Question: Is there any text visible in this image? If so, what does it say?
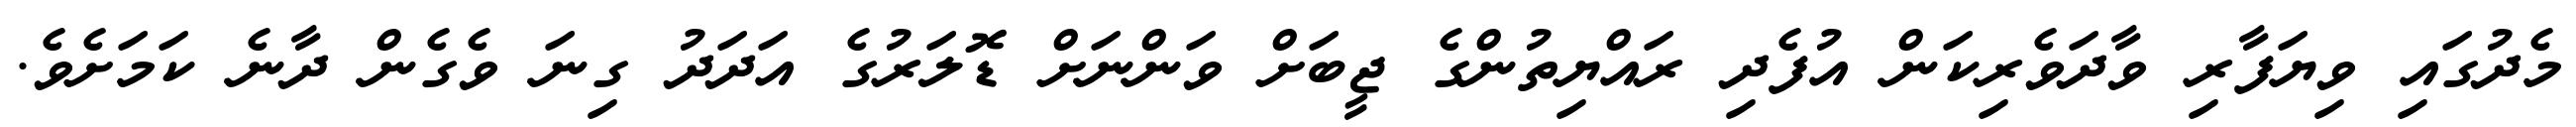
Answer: މެދުގައި ވިޔަފާރި ވާދަވެރިކަން އުފެދި ރައްޔިތުންގެ ޖީބަށް ވަންނަށް ޑޮލަރުގެ އަދަދު ގިނަ ވެގެން ދާނެ ކަމަށެވެ.